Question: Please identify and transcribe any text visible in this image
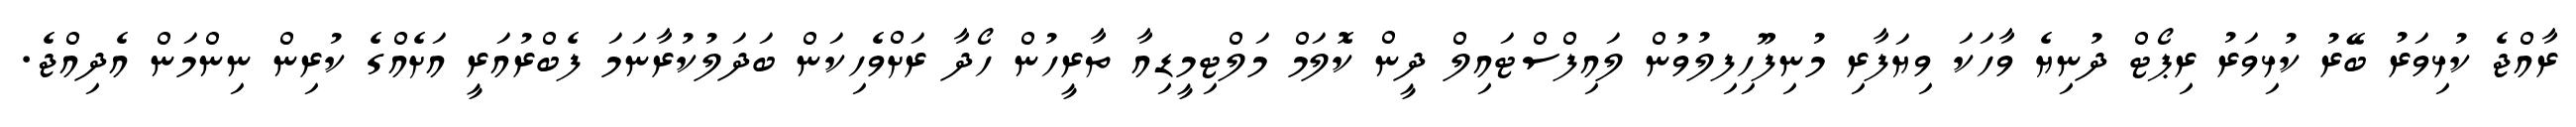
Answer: ރާއްޖެ ކުޅިވަރު ބޭރު ކުޅިވަރު ރިޕޯޓް ދުނިޔެ ވާހަކަ ވިޔަފާރި މުނިފޫހިފިލުވުން ލައިފްސްޓައިލް ދީން ކޮލަމް މަލްޓިމީޑިއާ ތާރީހުން ހޯދާ ރަށްވެހިކަން ބަދަލުކުރާނަމަ ފެބްރުއަރީ އަށެއްގެ ކުރިން ނިންމަން އެދިއްޖެ.